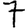
Digit: 7